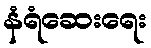
နံရံဆေးရေး